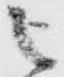
被